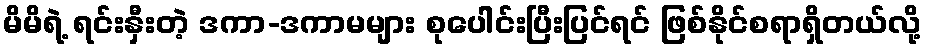
မိမိရဲ့ ရင်းနှီးတဲ့ ဒကာ-ဒကာမများ စုပေါင်းပြီးပြင်ရင် ဖြစ်နိုင်စရာရှိတယ်လို့